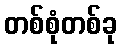
တစ်စုံတစ်ခု